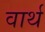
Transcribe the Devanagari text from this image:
वार्थ